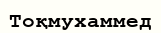
Тоқмухаммед